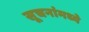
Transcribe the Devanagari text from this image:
सूचनांमध्ये